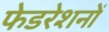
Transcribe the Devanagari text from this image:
फेडरेशनों